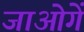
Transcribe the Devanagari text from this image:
जाओगें